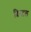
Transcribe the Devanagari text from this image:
ब्रिस्‍टल